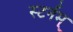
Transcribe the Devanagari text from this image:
स्टर्नम्‌